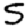
Digit: 5